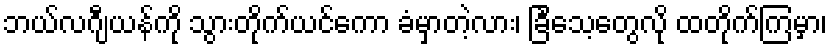
ဘယ်လဂျီယန်ကို သွားတိုက်ယင်ကော ခံမှာတဲ့လား၊ ခြင်္သေ့တွေလို ထတိုက်ကြမှာ၊